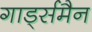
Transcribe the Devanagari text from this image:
गार्ड्समैन